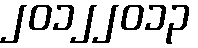
၂၀၁၂၂၀၁၃